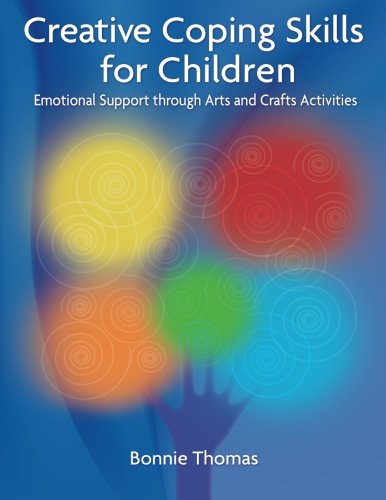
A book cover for Creative Coping Skills for Children: Emotional Support Through Arts and Crafts Activities; Bonnie Thomas; Education & Teaching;